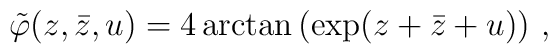
\tilde{\varphi}(z,\bar{z},u)=4\arctan\left(\exp(z+\bar{z}+u)\right)\,,